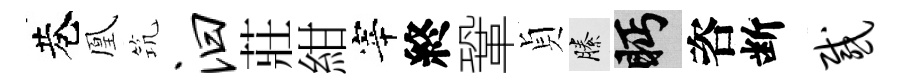
巷凰𥬑汩莊紺宰終鞏貞縢眄咨断感